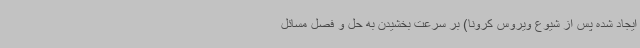
ایجاد شده پس از شیوع ویروس کرونا) بر سرعت بخشیدن به حل و فصل مسائل